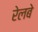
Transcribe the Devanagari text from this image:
रेलबे